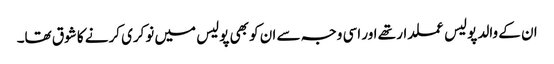
ان کے والد پولیس عملدار تھے اور اسی وجہ سے ان کو بھی پولیس میں نوکری کرنے کا شوق تھا۔